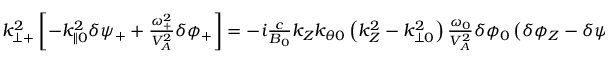
\begin{array} { r } { k _ { \perp + } ^ { 2 } \left[ - k _ { \parallel 0 } ^ { 2 } \delta \psi _ { + } + \frac { \omega _ { + } ^ { 2 } } { V _ { A } ^ { 2 } } \delta \phi _ { + } \right] = - i \frac { c } { B _ { 0 } } k _ { Z } k _ { \theta 0 } \left( k _ { Z } ^ { 2 } - k _ { \perp 0 } ^ { 2 } \right) \frac { \omega _ { 0 } } { V _ { A } ^ { 2 } } \delta \phi _ { 0 } \left( \delta \phi _ { Z } - \delta \psi _ { Z } \right) . } \end{array}